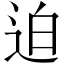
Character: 迫